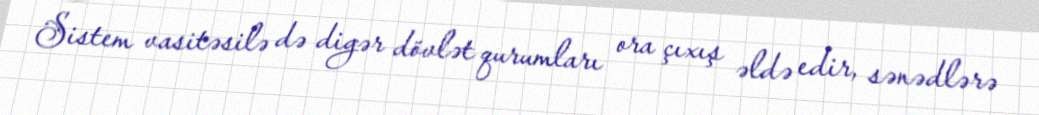
Sistem vasitəsilə də digər dövlət qurumları ora çıxış əldə edir, sənədlərə